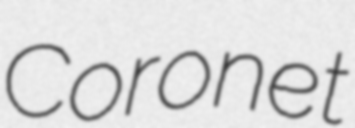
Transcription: Coronet